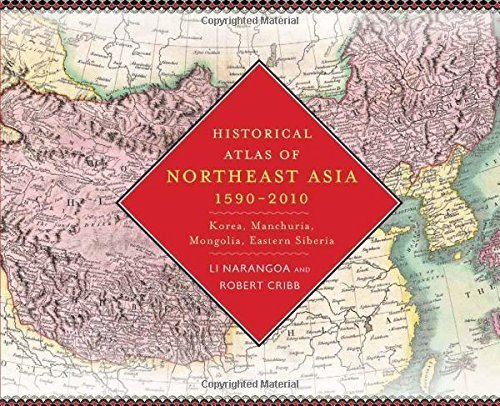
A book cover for Historical Atlas of Northeast Asia, 1590-2010: Korea, Manchuria, Mongolia, Eastern Siberia by Narangoa, Li, Cribb, Robert (2014) Hardcover; Travel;